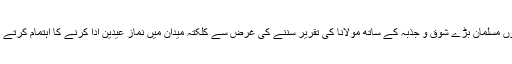
ہزاروں مسلمان بڑے شوق و جذبہ کے ساتھ مولانا کی تقریر سننے کی غرض سے کلکتہ میدان میں نمازِ عیدین ادا کرنے کا اہتمام کرتے تھے۔